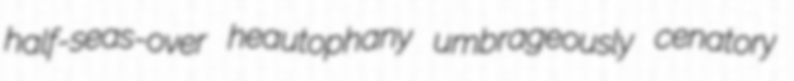
half-seas-over heautophany umbrageously cenatory